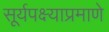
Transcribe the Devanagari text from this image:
सूर्यपक्ष्याप्रमाणे